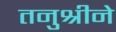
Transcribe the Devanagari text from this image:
तनुश्रीने